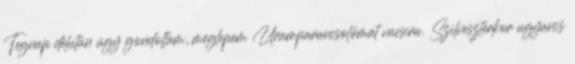
Tegnap délután úgy gondoltam, meglepem Uramparancsolómat vacsira. Szilveszterkor ugyanis